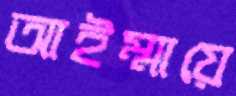
আইম্মায়ে